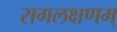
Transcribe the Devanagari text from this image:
रागलक्षणम्